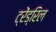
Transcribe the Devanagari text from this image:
ट्रेंड्रिल